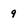
Character: 9